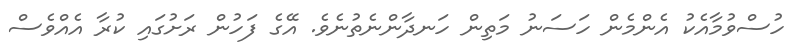
ހުސްވުމާއެކު އެންމެން ހަސަނު މަތިން ހަނދާންނެތުނެވެ. އޭގެ ފަހުން ރަށުގައި ކުރާ އެއްވެސް